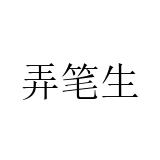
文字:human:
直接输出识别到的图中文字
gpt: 弄笔生